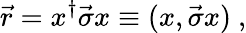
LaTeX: \vec{r}=x^{\dagger}\vec{\sigma}x\equiv(x,\vec{\sigma}x)~,